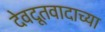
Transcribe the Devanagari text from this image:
देवदूतवादाच्या